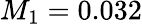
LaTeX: M_{1}=0.032